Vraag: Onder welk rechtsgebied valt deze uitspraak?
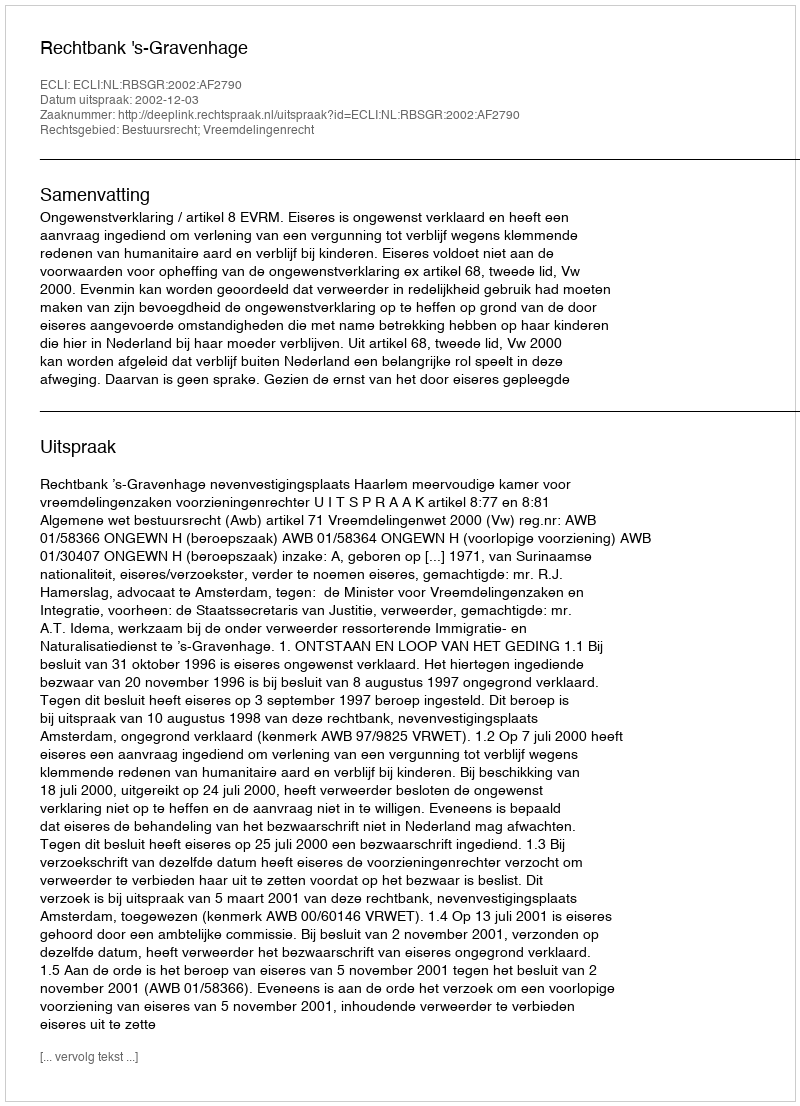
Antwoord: Bestuursrecht; Vreemdelingenrecht